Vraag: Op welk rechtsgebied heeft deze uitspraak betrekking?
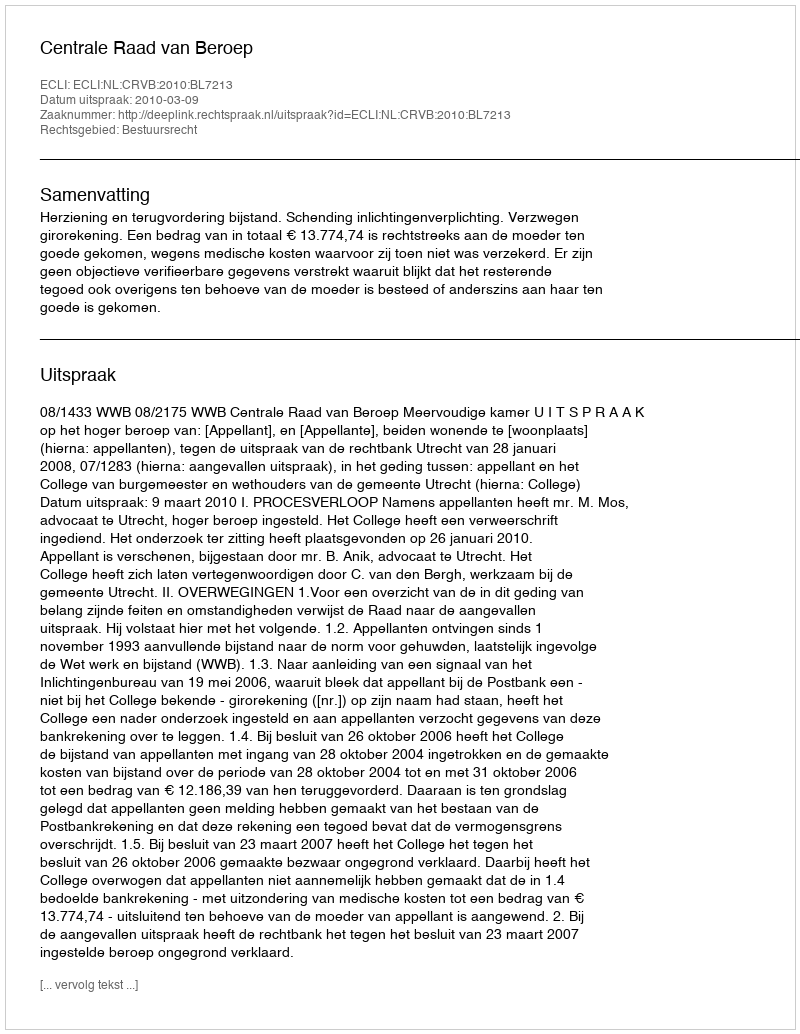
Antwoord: Bestuursrecht